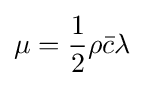
\mu ={\frac {1}{2}}\rho {\bar {c}}\lambda